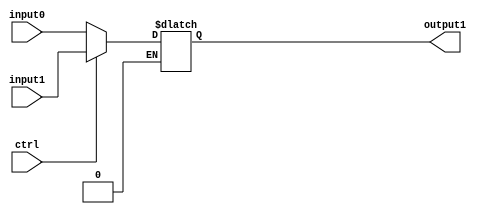
`timescale 1ns / 1ns

module mux2_1_ctrl1(output1, input0, input1, ctrl);

//Input Ports
input wire ctrl;		
input wire input0;	//input at 0
input wire input1;	//unput at 1

//Output Ports

output reg output1; 	//8 bits of output

//Instructions
always @*
	begin
		if (ctrl == 0)
			output1 = input0;
		if (ctrl == 1)
			output1 = input1;
	end
endmodule